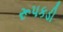
રૂપકડી